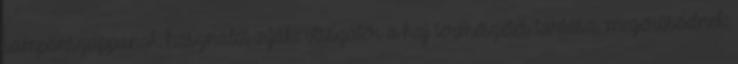
samponszappanok használói írják: visszatér a haj természetes tartása, megerősödnek